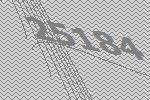
25184